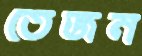
তেজন